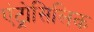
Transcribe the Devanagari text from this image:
एंट्रोसिलिक